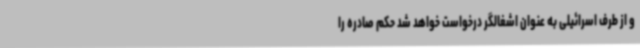
و از طرف اسرائیلی به عنوان اشغالگر درخواست خواهد شد حکم صادره را